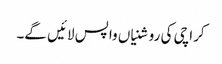
کراچی کی روشنیاں واپس لائیں گے۔